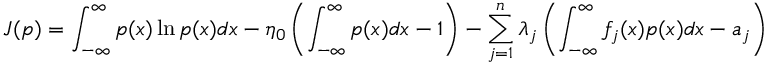
J ( p ) = \int _ { - \infty } ^ { \infty } p ( x ) \ln { p ( x ) } d x - \eta _ { 0 } \left( \int _ { - \infty } ^ { \infty } p ( x ) d x - 1 \right) - \sum _ { j = 1 } ^ { n } \lambda _ { j } \left( \int _ { - \infty } ^ { \infty } f _ { j } ( x ) p ( x ) d x - a _ { j } \right)